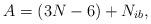
LaTeX: \begin{align*}A = (3N-6)+N_{ib},\end{align*}